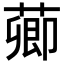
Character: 𦺄